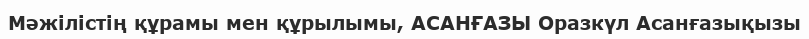
Мәжілістің құрамы мен құрылымы, АСАНҒАЗЫ Оразкүл Асанғазықызы